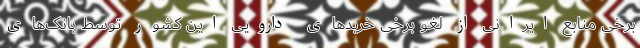
برخی منابع ایرانی از لغو برخی خریدهای دارویی این کشور توسط بانک‌های